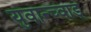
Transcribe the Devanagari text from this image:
युवान्च्वाड्